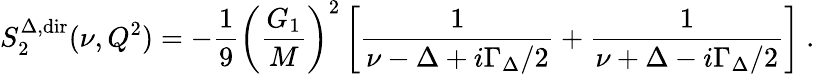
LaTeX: S_{2}^{\Delta,\mathrm{dir}}(\nu,Q^{2})=-{\frac{1}{9}}\left(\frac{G_{1}}{M}\right)^{2}\left[{\frac{1}{\nu-\Delta+i{\Gamma_{\Delta}/2}}}+{\frac{1}{\nu+\Delta-i{\Gamma_{\Delta}/2}}}\right]\ .